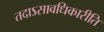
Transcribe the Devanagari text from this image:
तदाऽसावधिकारीति